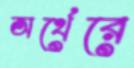
অর্থেরে